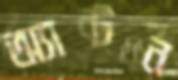
অ্যান্টন